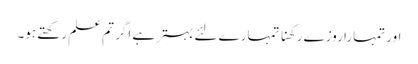
اور تمہارا روزے رکھنا تمہارے لئے بہتر ہے اگر تم علم رکھتے ہو۔